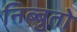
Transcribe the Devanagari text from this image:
निब्बुतो